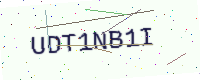
Text: UDT1NB1I